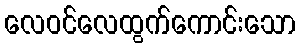
လေဝင်လေထွက်ကောင်းသော